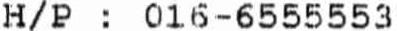
H/P : 016-6555553